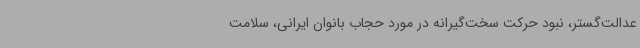
عدالت‌گستر، نبود حرکت سخت‌گیرانه در مورد حجاب بانوان ایرانی، سلامت